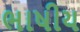
ભાષીય